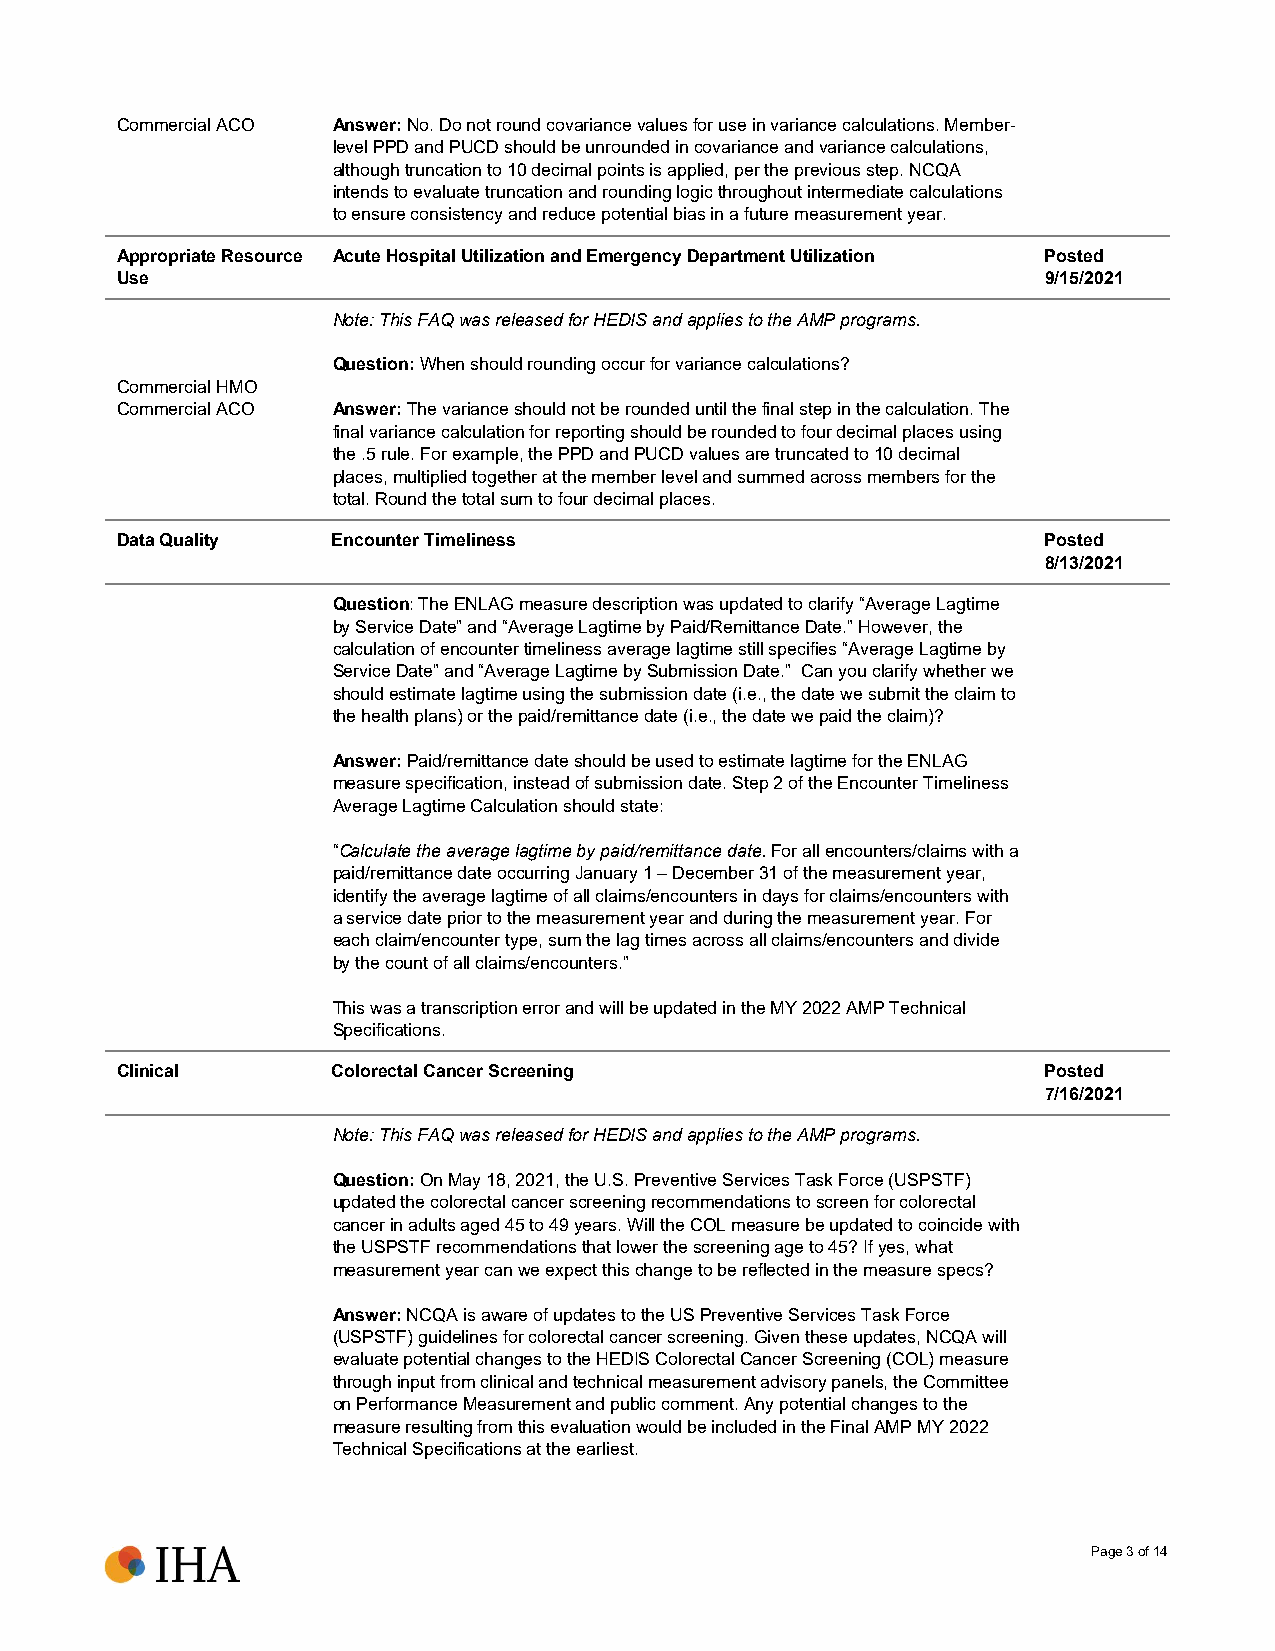
Commercial ACO Answer: No. Do not round covariance values for use in variance calculations. Member-
 level PPD and PUCD should be unrounded in covariance and variance calculations,
 although truncation to 10 decimal points is applied, per the previous step. NCQA
 intends to evaluate truncation and rounding logic throughout intermediate calculations
 to ensure consistency and reduce potential bias in a future measurement year.
 Appropriate Resource Acute Hospital Utilization and Emergency Department Utilization Posted
 Use                                                          9/15/2021
 Note: This FAQ was released for HEDIS and applies to the AMP programs.
 Question: When should rounding occur for variance calculations?
 Commercial HMO
 Commercial ACO Answer: The variance should not be rounded until the final step in the calculation. The
 final variance calculation for reporting should be rounded to four decimal places using
 the .5 rule. For example, the PPD and PUCD values are truncated to 10 decimal
 places, multiplied together at the member level and summed across members for the
 total. Round the total sum to four decimal places.
 Data Quality  Encounter Timeliness                           Posted
 8/13/2021
 Question: The ENLAG measure description was updated to clarify “Average Lagtime
 by Service Date” and “Average Lagtime by Paid/Remittance Date.” However, the
 calculation of encounter timeliness average lagtime still specifies “Average Lagtime by
 Service Date” and “Average Lagtime by Submission Date.” Can you clarify whether we
 should estimate lagtime using the submission date (i.e., the date we submit the claim to
 the health plans) or the paid/remittance date (i.e., the date we paid the claim)?
 Answer: Paid/remittance date should be used to estimate lagtime for the ENLAG
 measure specification, instead of submission date. Step 2 of the Encounter Timeliness
 Average Lagtime Calculation should state:
 “Calculate the average lagtime by paid/remittance date. For all encounters/claims with a
 paid/remittance date occurring January 1 – December 31 of the measurement year,
 identify the average lagtime of all claims/encounters in days for claims/encounters with
 a service date prior to the measurement year and during the measurement year. For
 each claim/encounter type, sum the lag times across all claims/encounters and divide
 by the count of all claims/encounters.”
 This was a transcription error and will be updated in the MY 2022 AMP Technical
 Specifications.
 Clinical      Colorectal Cancer Screening                    Posted
 7/16/2021
 Note: This FAQ was released for HEDIS and applies to the AMP programs.
 Question: On May 18, 2021, the U.S. Preventive Services Task Force (USPSTF)
 updated the colorectal cancer screening recommendations to screen for colorectal
 cancer in adults aged 45 to 49 years. Will the COL measure be updated to coincide with
 the USPSTF recommendations that lower the screening age to 45? If yes, what
 measurement year can we expect this change to be reflected in the measure specs?
 Answer: NCQA is aware of updates to the US Preventive Services Task Force
 (USPSTF) guidelines for colorectal cancer screening. Given these updates, NCQA will
 evaluate potential changes to the HEDIS Colorectal Cancer Screening (COL) measure
 through input from clinical and technical measurement advisory panels, the Committee
 on Performance Measurement and public comment. Any potential changes to the
 measure resulting from this evaluation would be included in the Final AMP MY 2022
 Technical Specifications at the earliest.
 Page 3 of 14